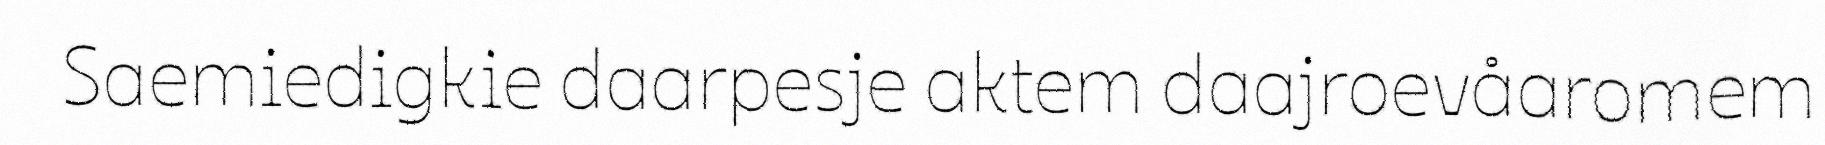
Saemiedigkie daarpesje aktem daajroevåaromem